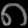
Digit: ၈